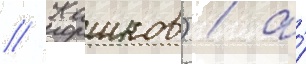
// Кашков) / а́